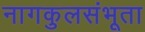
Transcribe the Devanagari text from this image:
नागकुलसंभूता